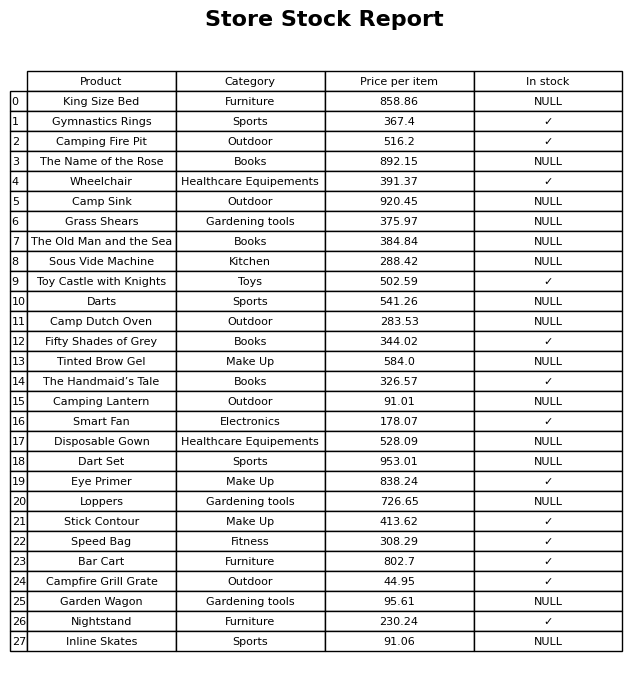
question: What is the stock status of the Tinted Brow Gel?
answer: NULL